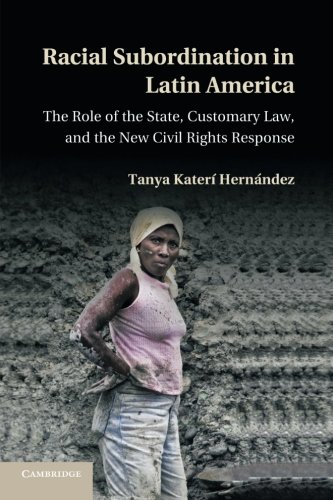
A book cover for Racial Subordination in Latin America: The Role of the State, Customary Law, and the New Civil Rights Response; Tanya KaterÃ­ HernÃ¡ndez; Law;